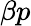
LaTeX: \beta p